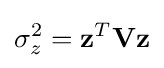
\sigma _{z}^{2}={\mathbf {z} }^{T}{\mathbf {V} }{\mathbf {z} }